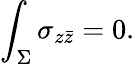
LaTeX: \int_{\Sigma}\sigma_{z\bar{z}}=0.